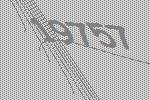
19757